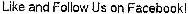
LIKE AND FOLLOW US ON FACEBOOK!